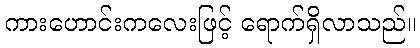
ကားဟောင်းကလေးဖြင့် ရောက်ရှိလာသည်။